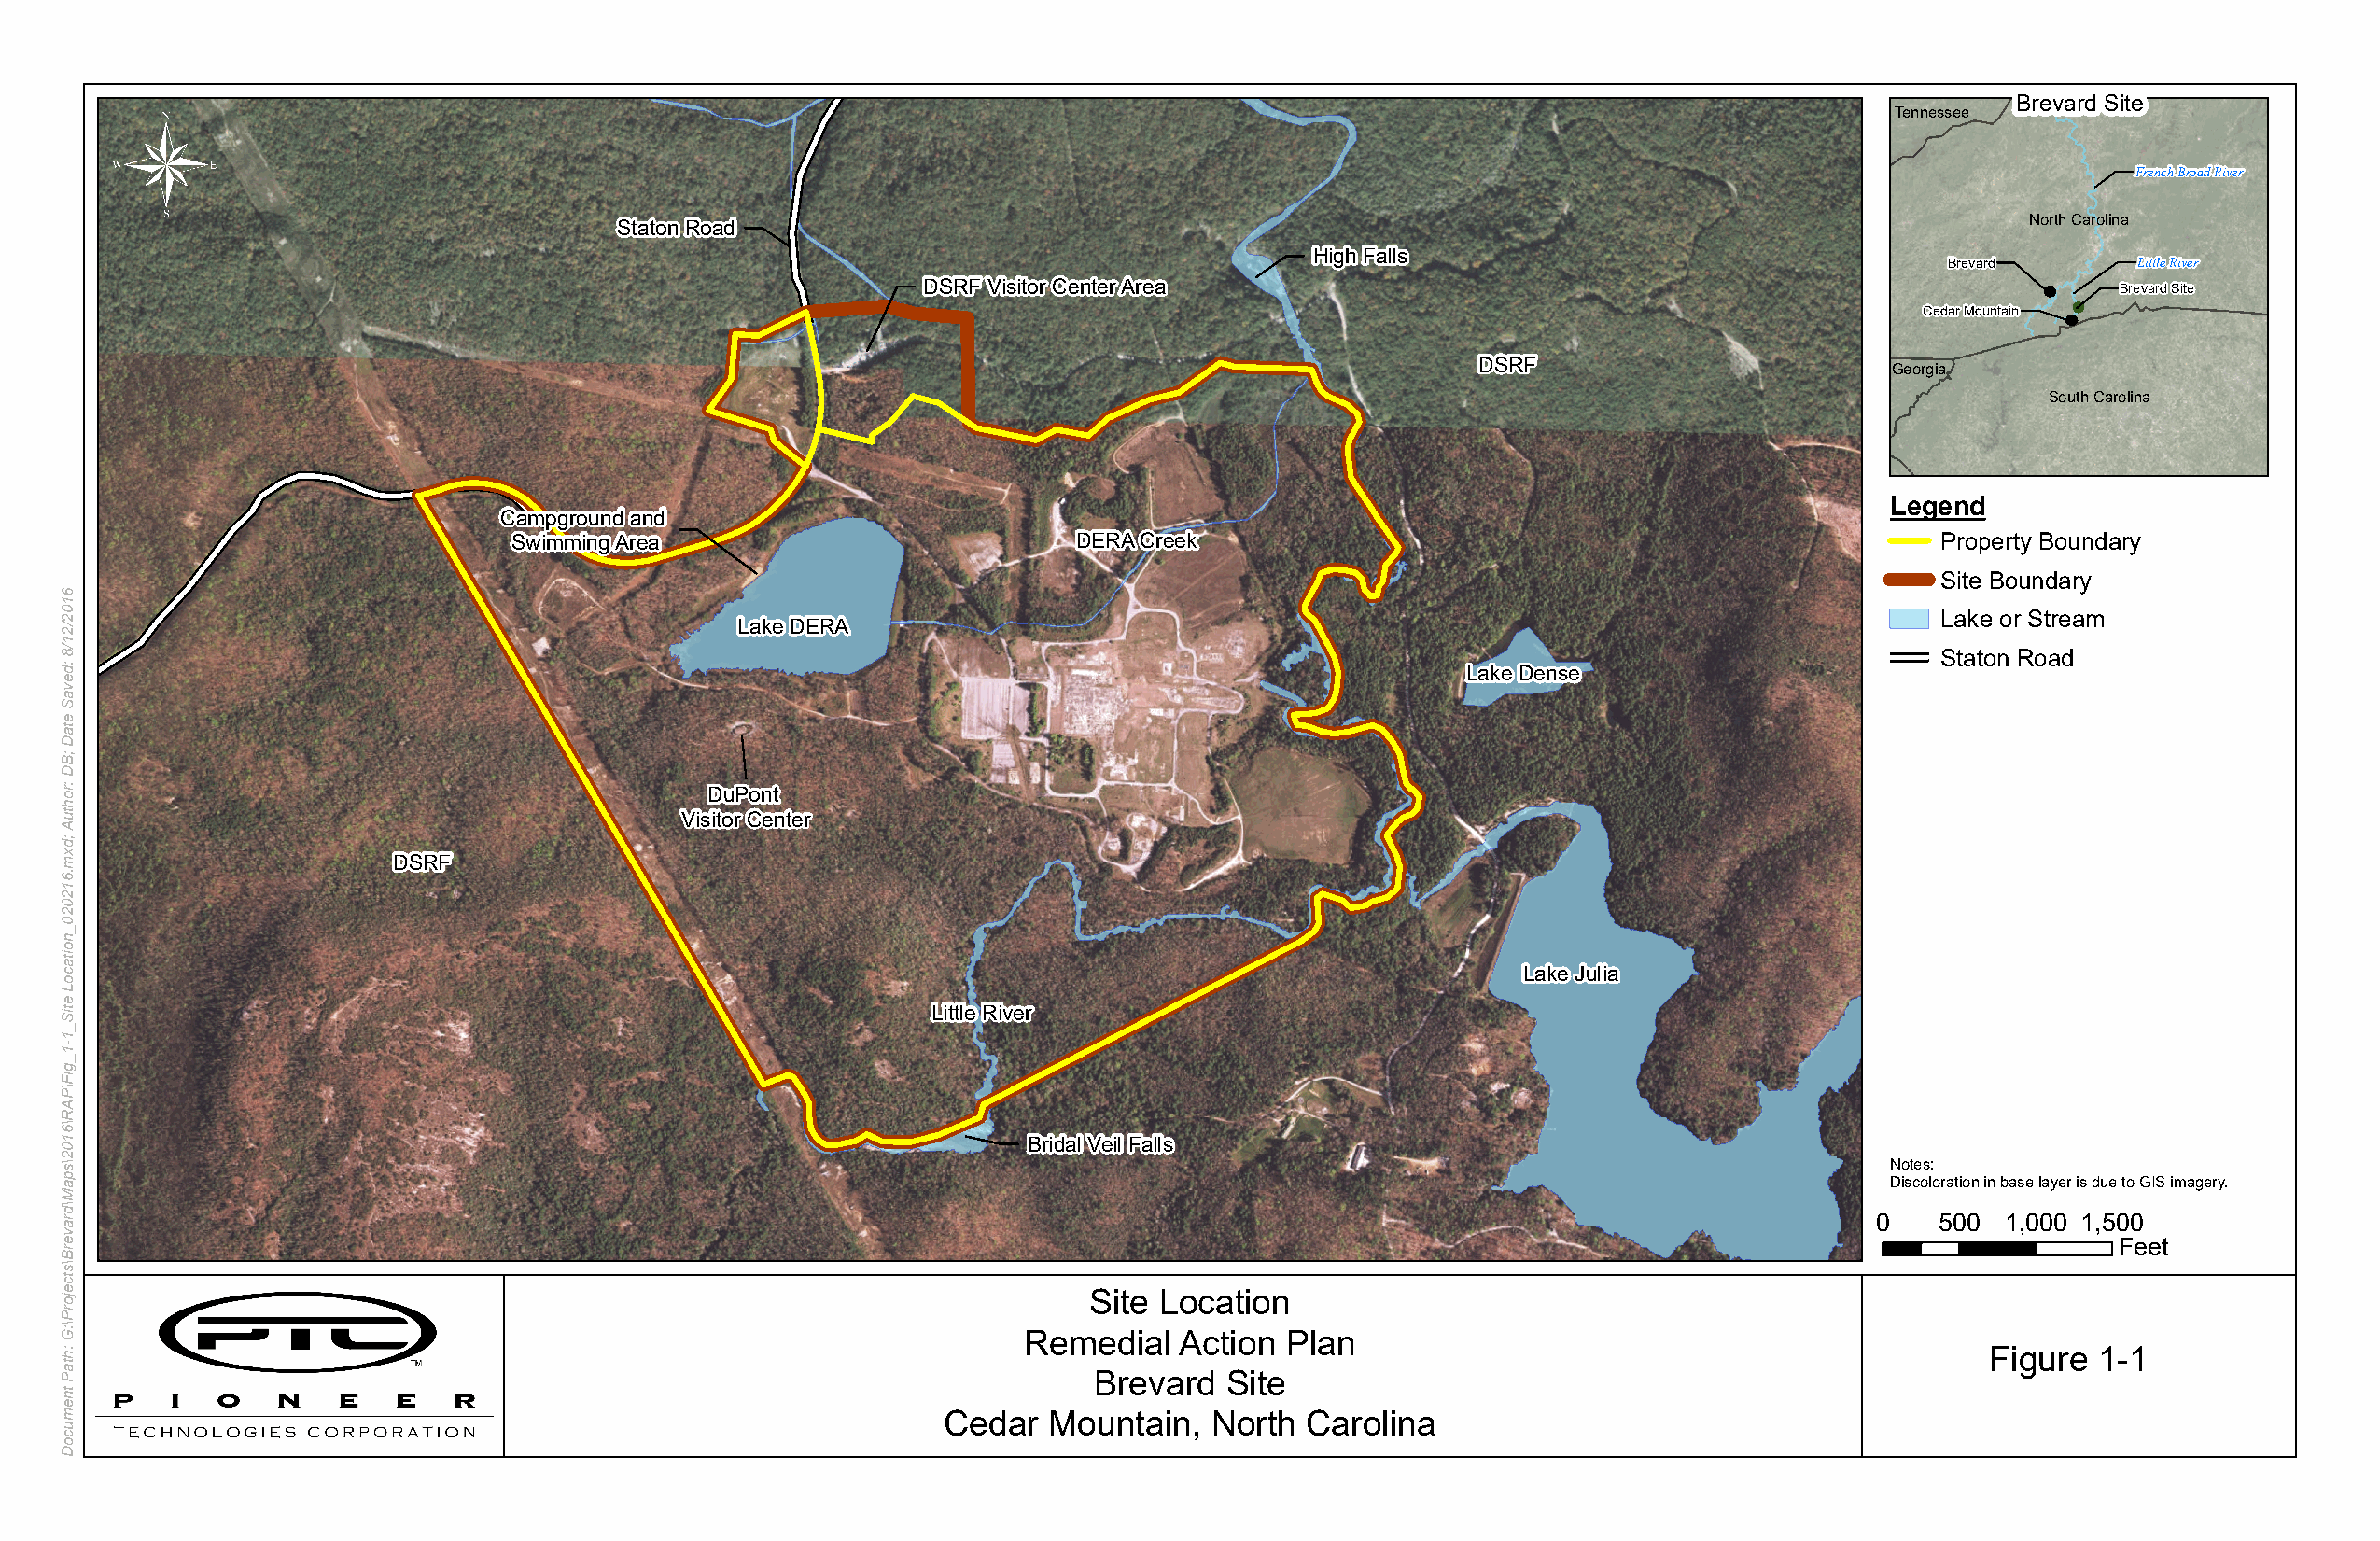
Brevard Site
 Tennessee
 French Broad River
 North Carolina
 Staton Road
 High Falls
 Brevard       Little River
 DSRF Visitor Center Area                                                            Brevard Site
 Cedar Mountain
 DSRF                         Georgia
 South Carolina
 Legend
 Campground and
 Swimming Area                           DERA Creek                                                    Property Boundary
 Site Boundary
 Lake or Stream
 Lake DERA
 Staton Road
 Lake Dense
 DuPont
 Visitor Center
 DSRF
 Lake Julia
 Little River
 Bridal Veil Falls
 Notes:
 Discoloration in base layer is due to GIS imagery.
 0   500  1,000 1,500
 Feet
 Site Location
 Remedial   Action Plan
 Figure  1-1
 Brevard  Site
 Cedar  Mountain,   North  Carolina
 6102/21/8
 :devaS
 etaD
 ;BD
 :rohtuA
 ;dxm.612020_noitacoL
 etiS_1-1_giF\PAR\6102\spaM\draverB\stcejorP\:G
 :htaP
 tnemucoD